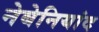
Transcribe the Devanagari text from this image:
नेबेनियांद